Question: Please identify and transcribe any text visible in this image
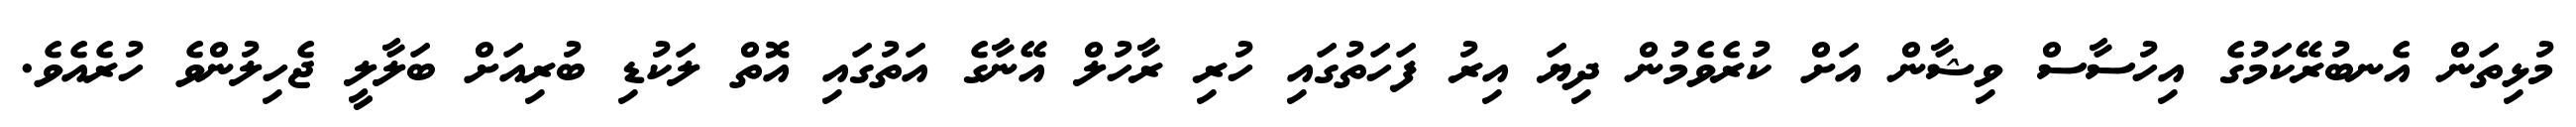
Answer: މުޅިތަން އެނބުރޭކަމުގެ އިހުސާސް ވިޝާން އަށް ކުރެވެމުން ދިޔަ އިރު ފަހަތުގައި ހުރި ރާހުލް އޭނާގެ އަތުގައި އޮތް ލަކުޑި ބުރިއަށް ބަލާލީ ޖެހިލުންވެ ހުރެއެވެ.